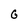
Character: G